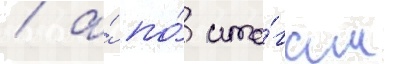
/ а́ по́ ито́гам